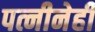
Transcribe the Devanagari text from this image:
पत्नीनेही